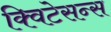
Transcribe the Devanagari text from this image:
क्विटेसन्स